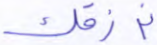
نرزقك